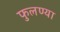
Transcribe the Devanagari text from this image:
फुलण्या